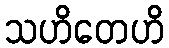
သဟိတေဟိ